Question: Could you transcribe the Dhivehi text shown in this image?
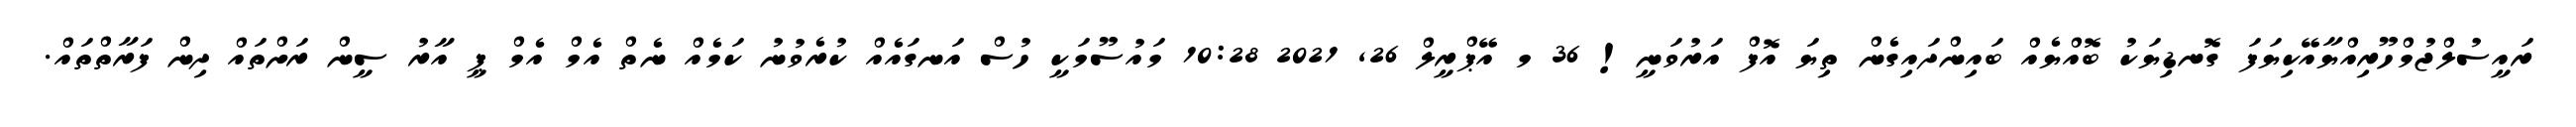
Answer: ރައީސުލްޖުމްހޫރިއްޔާއޭކިޔަފަ ގޮނޑިޔަކު ބޮއްޔެއް ބައިންދައިގެން ތިޔަ އޮފް އަރުވަނީ! 36 މ އޭޕްރީލް 26, 2021 10:28 މައުސޫމަކީ ހުސް އަނގައެއް ކުރެވުނު ކަމެއް ނެތް އެމް އެމް ޕީ އާރު ސީން ރަށްތައް ދިން ފަރާތްތައް.